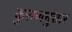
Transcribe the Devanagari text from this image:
कुराणनुसार